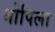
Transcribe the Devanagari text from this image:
मोपिला